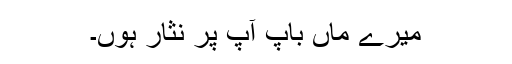
میرے ماں باپ آپ پر نثار ہوں۔